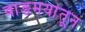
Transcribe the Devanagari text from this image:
वाङमयांतून